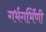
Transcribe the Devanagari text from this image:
गर्भगर्भिणी